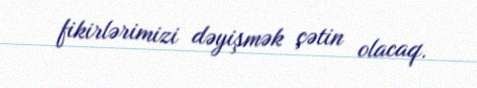
fikirlərimizi dəyişmək çətin olacaq.